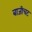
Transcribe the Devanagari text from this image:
बाजीचट